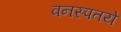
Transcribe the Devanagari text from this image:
वनस्पतये